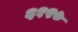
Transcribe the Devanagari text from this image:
६१२७